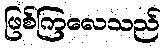
ဖြစ်ကြလေသည်